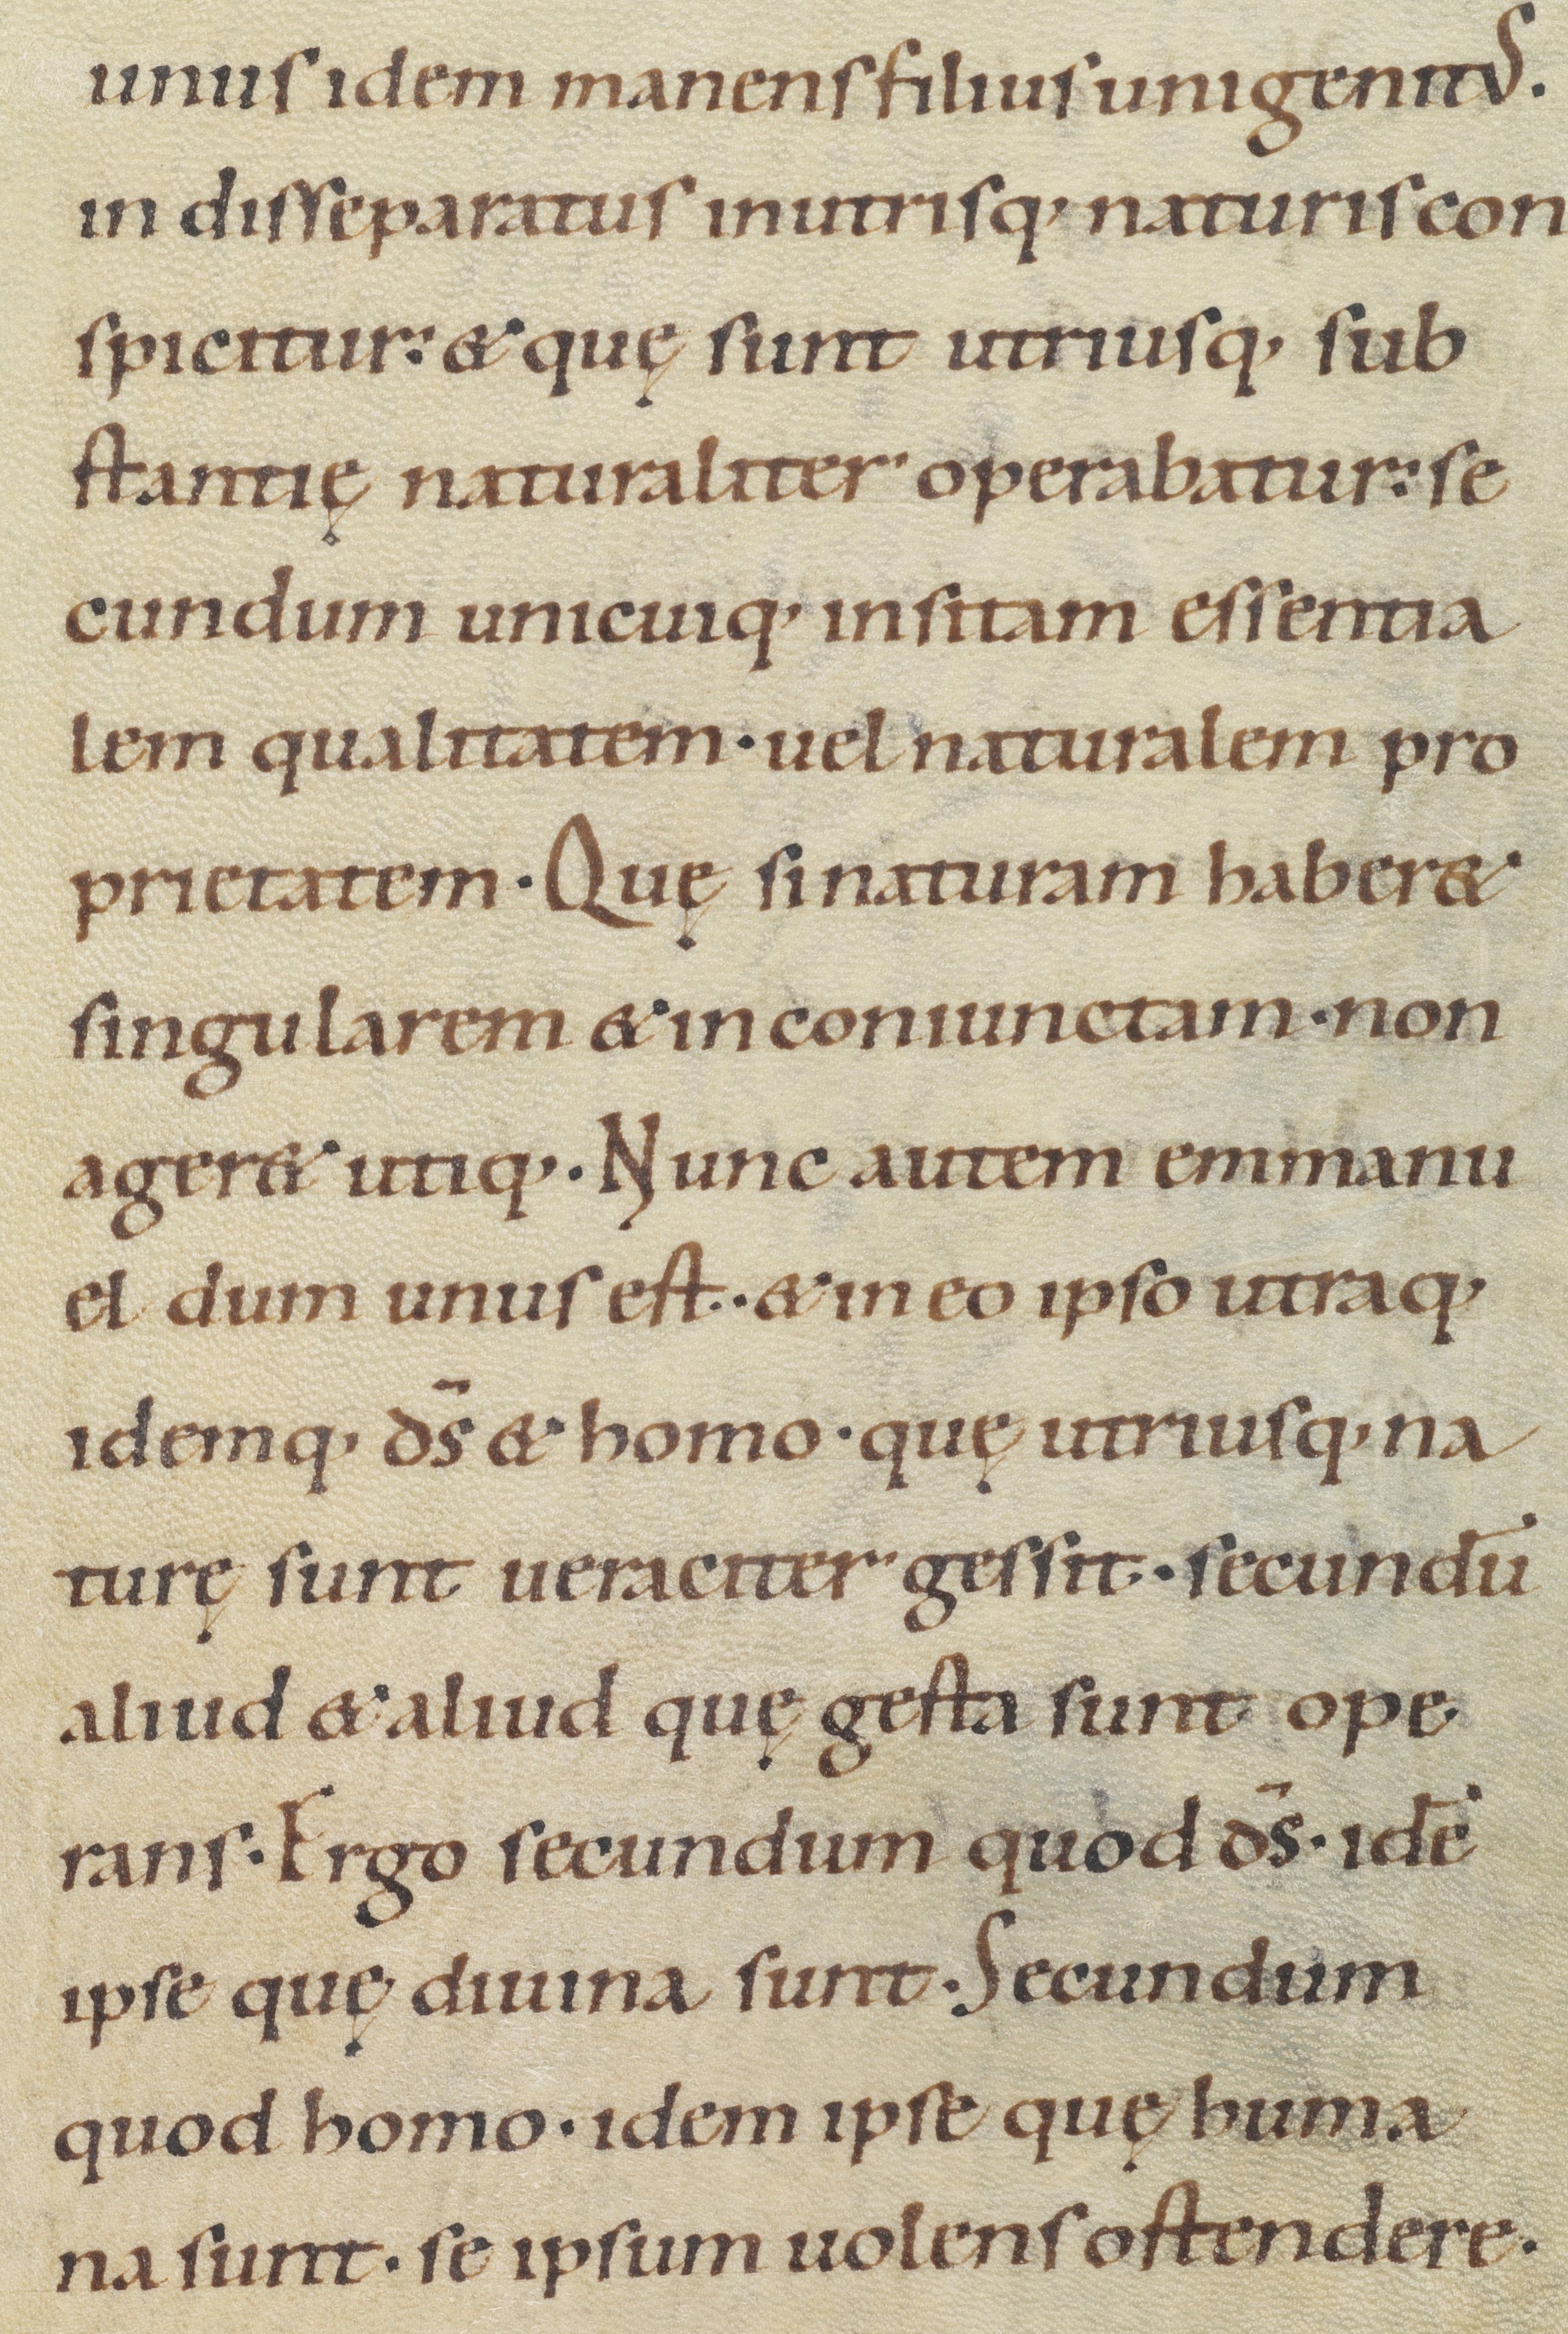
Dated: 1100–1199